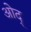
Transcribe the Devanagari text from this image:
ओद्